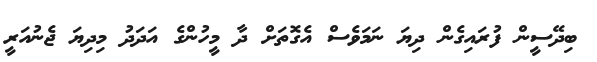
ބިދޭސީން ފުރައިގެން ދިޔަ ނަމަވެސް އެގޮތަށް ދާ މީހުންގެ އަދަދު މިދިޔަ ޖެނުއަރީ